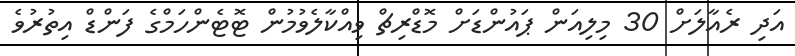
އަދި ރެއާލަށް 30 މިލިއަން ޕައުންޑަށް މޮޑްރިޗް ވިއްކާލެވުމުން ޓޮޓެންހަމްގެ ފަންޑް އިތުރުވެ